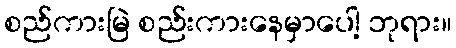
စည်ကားမြဲ စည်းကားနေမှာပေါ့ ဘုရား။